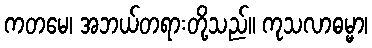
ကတမေ၊ အဘယ်တရားတို့သည်။ ကုသလာဓမ္မာ၊